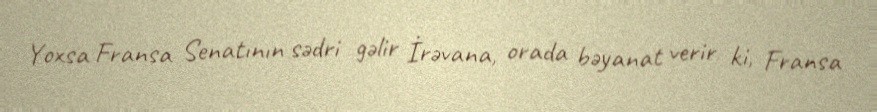
Yoxsa Fransa Senatının sədri gəlir İrəvana, orada bəyanat verir ki, Fransa